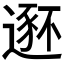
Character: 𫐾